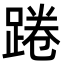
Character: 踡